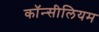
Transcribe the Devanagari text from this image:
कॉन्सीलियम